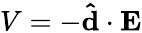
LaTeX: V=-\mathbf{\hat{d}}\cdot\mathbf{E}